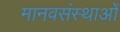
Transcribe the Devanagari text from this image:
मानवसंस्थाओं